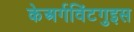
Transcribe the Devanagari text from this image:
केअर्गविंटगुइस